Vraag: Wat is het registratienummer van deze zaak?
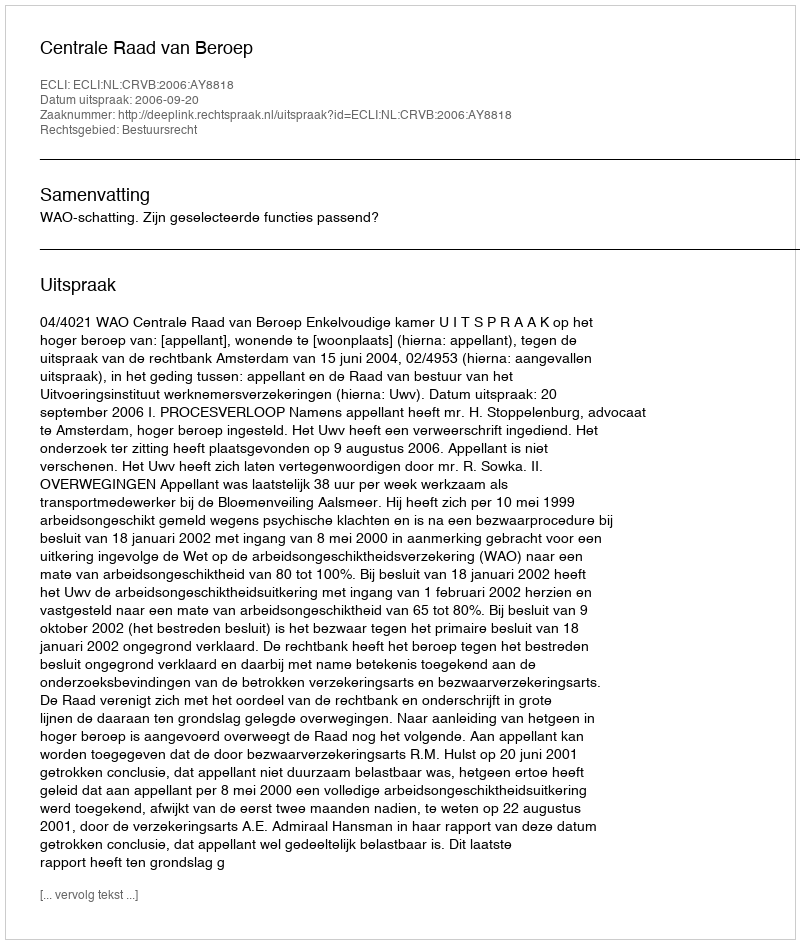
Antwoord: http://deeplink.rechtspraak.nl/uitspraak?id=ECLI:NL:CRVB:2006:AY8818